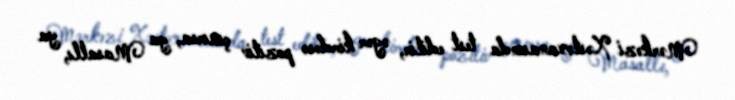
Mərkəzi Xəstəxanasında test edilir, əgər kimdəsə pozitiv çıxırsa, ya Masallı, ya